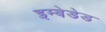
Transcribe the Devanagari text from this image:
इम्बेडेड